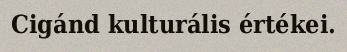
Cigánd kulturális értékei.